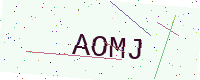
Text: AOMJ